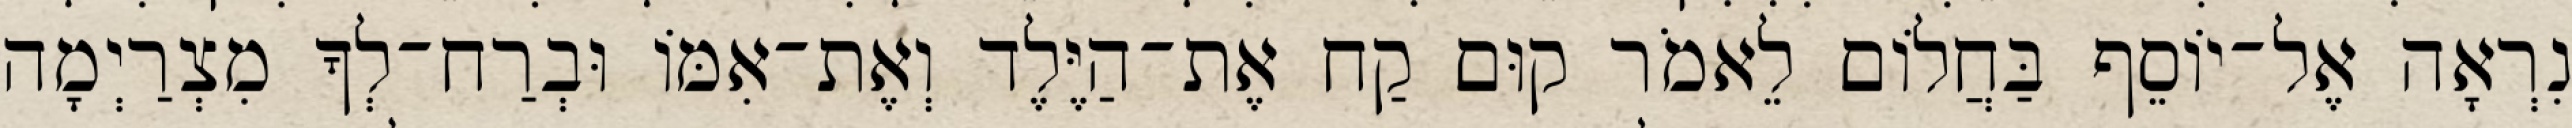
נִרְאָה אֶל־יוֹסֵף בַּחֲלוֹם לֵאמֹר קוּם קַח אֶת־הַיֶּלֶד וְאֶת־אִמּוֹ וּבְרַח־לְךָ מִצְרַיְמָה